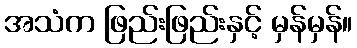
အသံက ဖြည်းဖြည်းနှင့် မှန်မှန်။